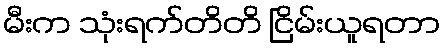
မီးက သုံးရက်တိတိ ငြိမ်းယူရတာ